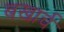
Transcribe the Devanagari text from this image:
बखार्च